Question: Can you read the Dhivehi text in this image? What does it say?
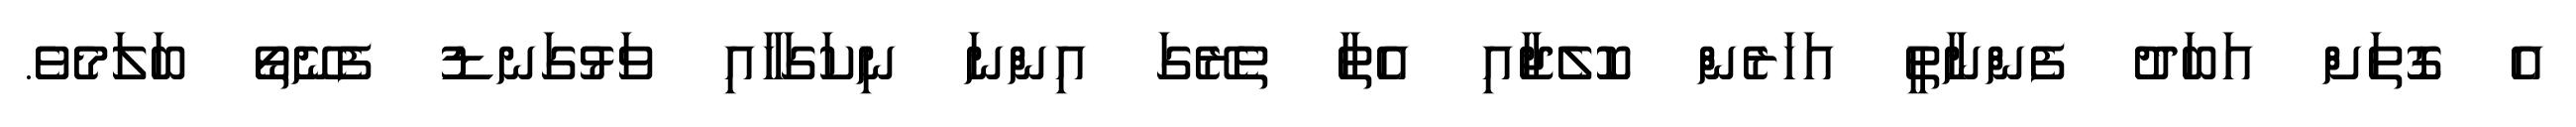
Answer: އެ ގޮތަށް އަބަދު ފެންނާތީ އަހަރެންް ކޮލެޖާއި އެތާ ތެރޭގަ އިންނަ ނިކަގަހާއި ވަޅުގަނޑު ފެނޭތޯ ބަލަމެވެ.